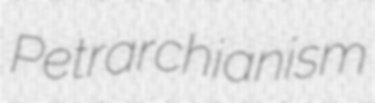
Petrarchianism